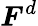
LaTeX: {\boldsymbol{F}}^{d}